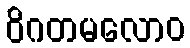
ဝိဂတမလောဝ